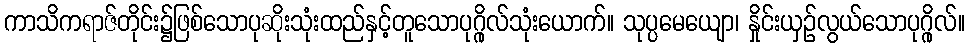
ကာသိကရာဇ်တိုင်း၌ဖြစ်သောပုဆိုးသုံးထည်နှင့်တူသောပုဂ္ဂိုလ်သုံးယောက်။ သုပ္ပမေယျော၊ နှိုင်းယှဉ်လွယ်သောပုဂ္ဂိုလ်။